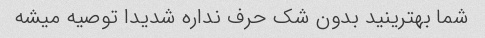
شما بهترینید بدون شک حرف نداره شدیدا توصیه میشه